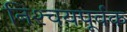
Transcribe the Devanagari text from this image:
निश्‍चयपूर्वक